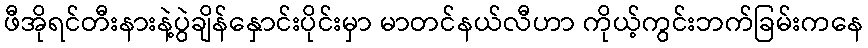
ဖီအိုရင်တီးနားနဲ့ပွဲချိန်နှောင်းပိုင်းမှာ မာတင်နယ်လီဟာ ကိုယ့်ကွင်းဘက်ခြမ်းကနေ